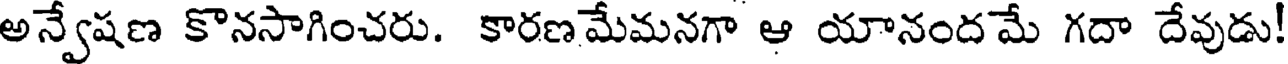
అన్వేషణ కొనసాగించరు. కారణమేమనగా ఆ యానందమే గదా దేవుడు!